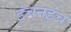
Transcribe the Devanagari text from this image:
इंचनइंच